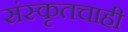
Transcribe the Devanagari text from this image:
संस्कृतचाही